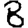
Digit: 8